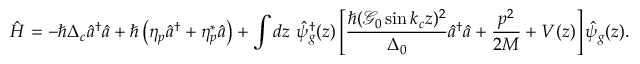
\hat { H } = - \hbar \Delta _ { c } \hat { a } ^ { \dagger } \hat { a } + \hbar \left( \eta _ { p } \hat { a } ^ { \dagger } + \eta _ { p } ^ { * } \hat { a } \right) + \int d z \ \hat { \psi } _ { g } ^ { \dagger } ( z ) \left[ \frac { \hbar ( \mathcal { G } _ { 0 } \sin k _ { c } z ) ^ { 2 } } { \Delta _ { 0 } } \hat { a } ^ { \dagger } \hat { a } + \frac { p ^ { 2 } } { 2 M } + V ( z ) \right] \hat { \psi } _ { g } ( z ) .